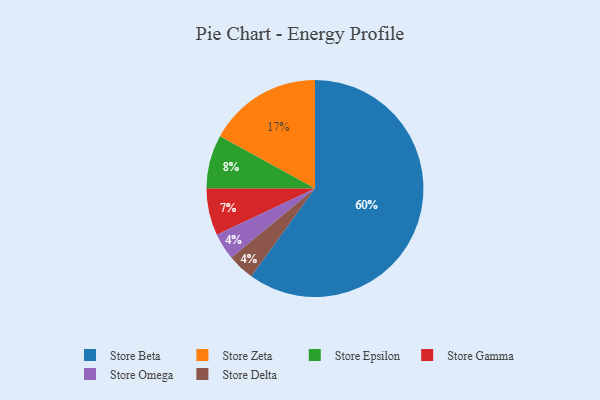
{"axis": {"x": "Category", "y": "Percentage"}, "legend": ["Store Beta", "Store Delta", "Store Epsilon", "Store Gamma", "Store Omega", "Store Zeta"], "data": [{"x": "Store Epsilon", "y": 8, "type": "Store Epsilon"}, {"x": "Store Gamma", "y": 7, "type": "Store Gamma"}, {"x": "Store Beta", "y": 60, "type": "Store Beta"}, {"x": "Store Zeta", "y": 17, "type": "Store Zeta"}, {"x": "Store Omega", "y": 4, "type": "Store Omega"}, {"x": "Store Delta", "y": 4, "type": "Store Delta"}]}